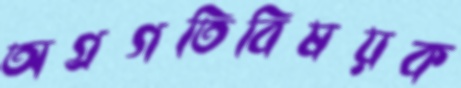
অগ্রগতিবিষয়ক